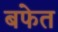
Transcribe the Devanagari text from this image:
बफेत